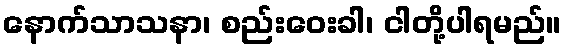
နောက်သာသနာ၊ စည်းဝေးခါ၊ ငါတို့ပါရမည်။